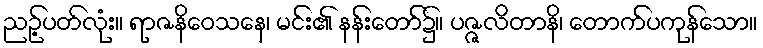
ညဉ့်ပတ်လုံး။ ရာဇနိဝေသနေ၊ မင်း၏ နန်းတော်၌။ ပဇ္ဇလိတာနိ၊ တောက်ပကုန်သော။